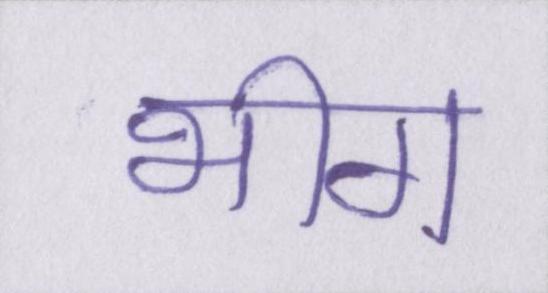
भीग